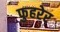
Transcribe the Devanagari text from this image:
फुहरेर